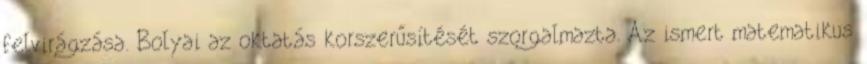
felvirágzása. Bolyai az oktatás korszerűsítését szorgalmazta. Az ismert matematikus